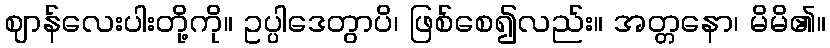
ဈာန်လေးပါးတို့ကို။ ဥပ္ပါဒေတွာပိ၊ ဖြစ်စေ၍လည်း။ အတ္တနော၊ မိမိ၏။